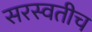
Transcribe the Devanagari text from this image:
सरस्वतीच